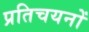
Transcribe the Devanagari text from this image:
प्रतिचयनों